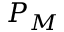
P _ { M }